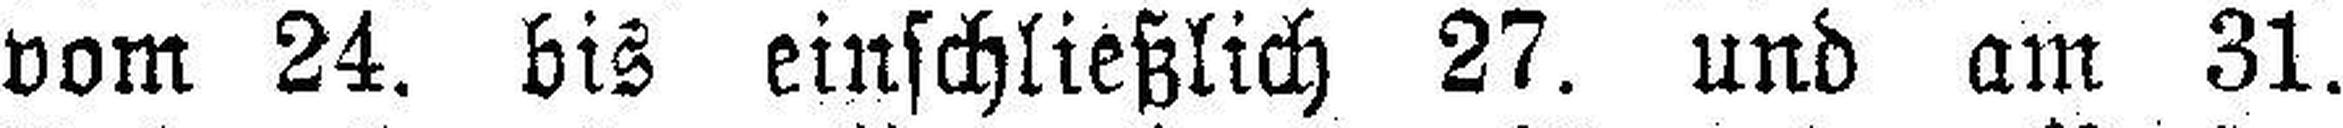
vom 24. bis einschließlich 27. und am 31.